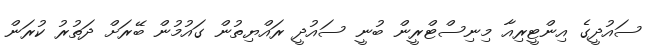
ސައުދީގެ އިންޓީރިއާ މިނިސްޓްރީން ބުނީ ސައުދީ ރައްޔިތުން ގައުމުން ބޭރަށް ދަތުރު ކުރަން